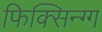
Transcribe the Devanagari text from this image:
फिक्सिन्ग्ग